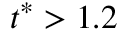
t ^ { * } > 1 . 2